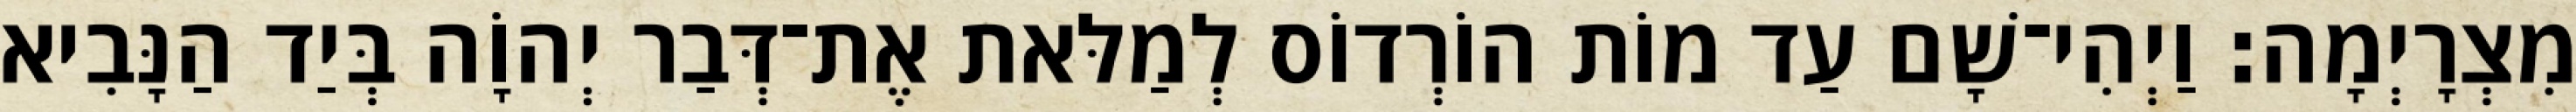
מִצְרָיְמָה׃ וַיְהִי־שָׁם עַד מוֹת הוֹרְדוֹס לְמַלּאת אֶת־דְּבַר יְהוָֹה בְּיַד הַנָּבִיא